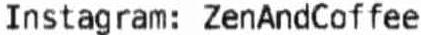
INSTAGRAM: ZENANDCOFFEE